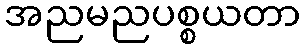
အညမညပစ္စယတာ